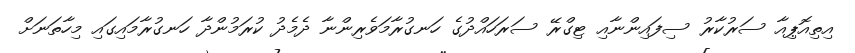
އިތިއޮޕިއާ ސަރުކާރު ސިފައިންނާއި ޓިގްރޭ ސަރަހައްދުގެ ހަނގުރާމަވެރިންނާ ދެމެދު ކުރަމުންދާ ހަނގުރާމައިގައި މިހާތަނަށް